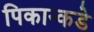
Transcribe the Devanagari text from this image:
पिकान्कडे